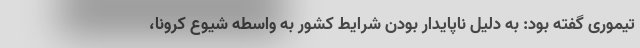
تیموری گفته بود: به دلیل ناپایدار بودن شرایط کشور به واسطه شیوع کرونا،